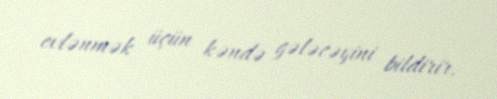
evlənmək üçün kəndə gələcəyini bildirir.